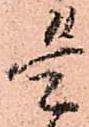
是